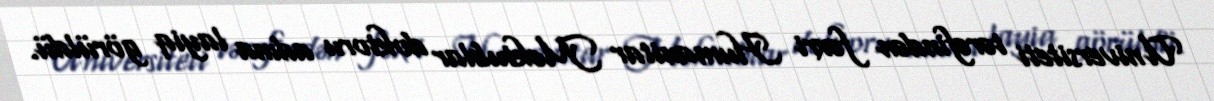
Universiteti tərəfindən fəxri Humanitar Məktublar doktoru adına layiq görüldü.